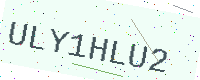
Text: ULY1HLU2